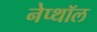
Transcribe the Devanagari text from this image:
नेप्थॉल